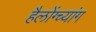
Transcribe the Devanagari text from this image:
हैलोंग्च्यांग